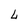
Character: 4